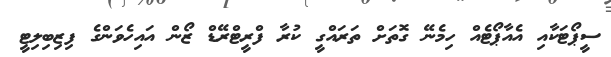
ސީޕޯޓަކާއި އެއާޕޯޓެއް ހިމެނޭ ގޮތަށް ތަރައްގީ ކުރާ ފްރީޓްރޭޑް ޒޯން އައިހެވަންގެ ފިޒިބިލިޓީ